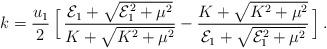
LaTeX: \begin{align*}k = {u_1 \over 2} \,\Big[ \,{ {\cal E}_1 +\sqrt{{\cal E}_1^2 + \mu^2 } \over K + \sqrt{K^2 + \mu^2}}- { K + \sqrt{K^2 + \mu^2}\over {\cal E}_1 +\sqrt{{\cal E}_1^2 + \mu^2 }}\,\Big]\,.\end{align*}